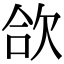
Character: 欱